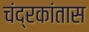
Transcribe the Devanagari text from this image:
चंद्रकांतास